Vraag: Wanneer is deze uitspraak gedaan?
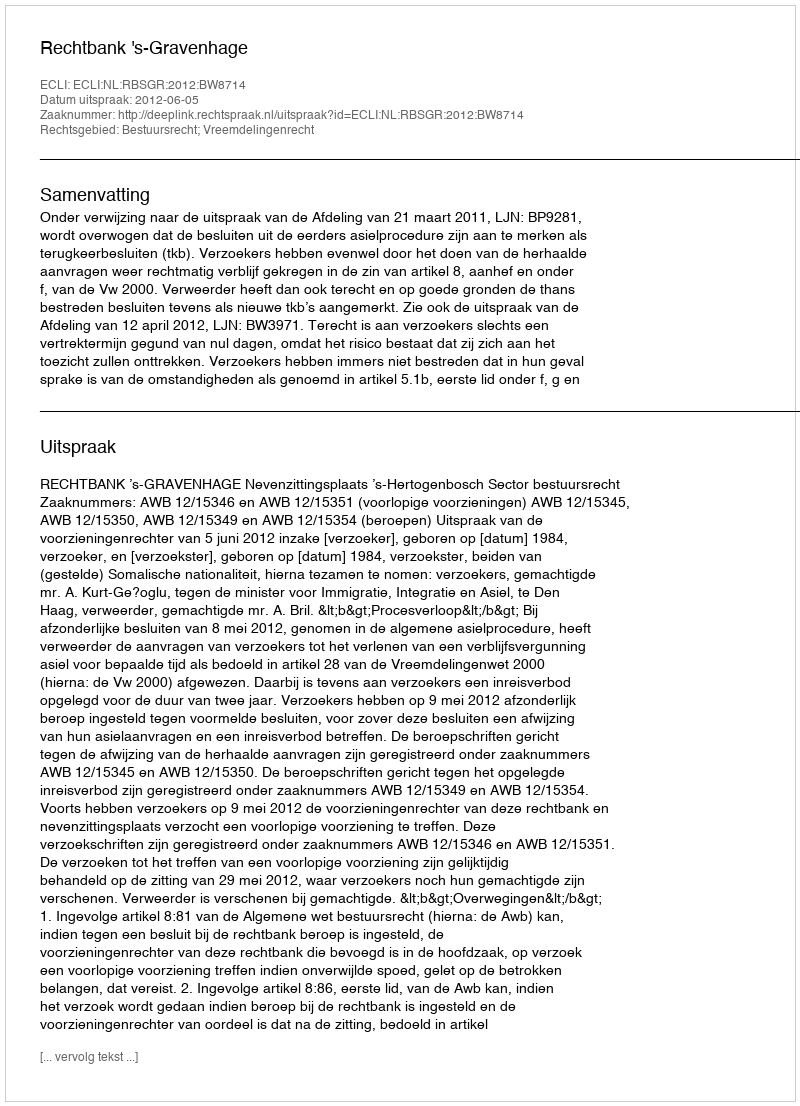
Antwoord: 2012-06-05